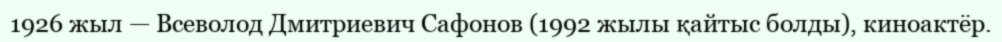
1926 жыл — Всеволод Дмитриевич Сафонов (1992 жылы қайтыс болды), киноактёр.